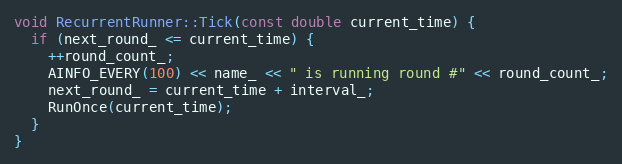
Language: C++
void RecurrentRunner::Tick(const double current_time) {
  if (next_round_ <= current_time) {
    ++round_count_;
    AINFO_EVERY(100) << name_ << " is running round #" << round_count_;
    next_round_ = current_time + interval_;
    RunOnce(current_time);
  }
}